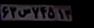
۶۳س۷۴۵۱۳